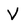
Character: v